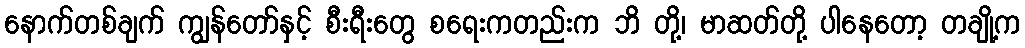
နောက်တစ်ချက် ကျွန်တော်နှင့် စီးရီးတွေ စရေးကတည်းက ဘိ တို့၊ မာဆတ်တို့ ပါနေတော့ တချို့က